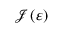
\mathcal { J } \left( \varepsilon \right)